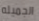
الجميله